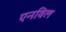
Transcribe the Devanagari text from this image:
एनविल